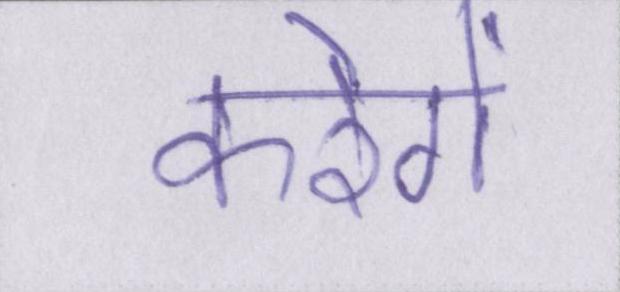
करेगें